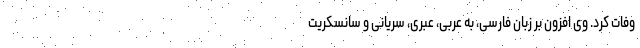
وفات کرد. وی افزون بر زبان فارسی، به عربی، عبری، سریانی و سانسکریت